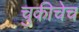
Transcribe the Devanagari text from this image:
चुकीचेच